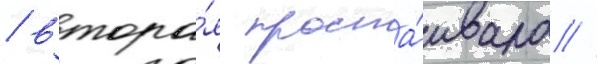
/ втора́я проста́ивала //